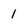
Character: 1